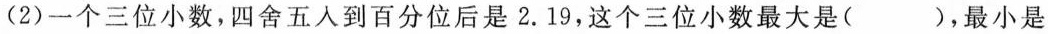
(2)一个三位小数，四舍五入到百分位后是2.19，这个三位小数最大是( )，最小是